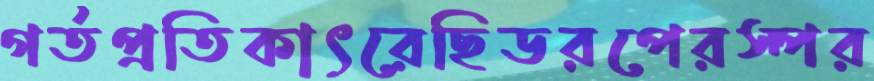
গর্তপ্রতিকাৎরেছিডরপেরস্পর